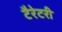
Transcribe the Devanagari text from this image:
टैरेटरी